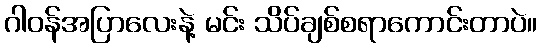
ဂါဝန်အပြာလေးနဲ့ မင်း သိပ်ချစ်စရာကောင်းတာပဲ။